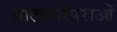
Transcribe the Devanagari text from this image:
नाट्यपरंपराओं